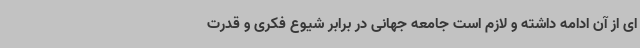
ای از آن ادامه داشته و لازم است جامعه جهانی در برابر شیوع فکری و قدرت